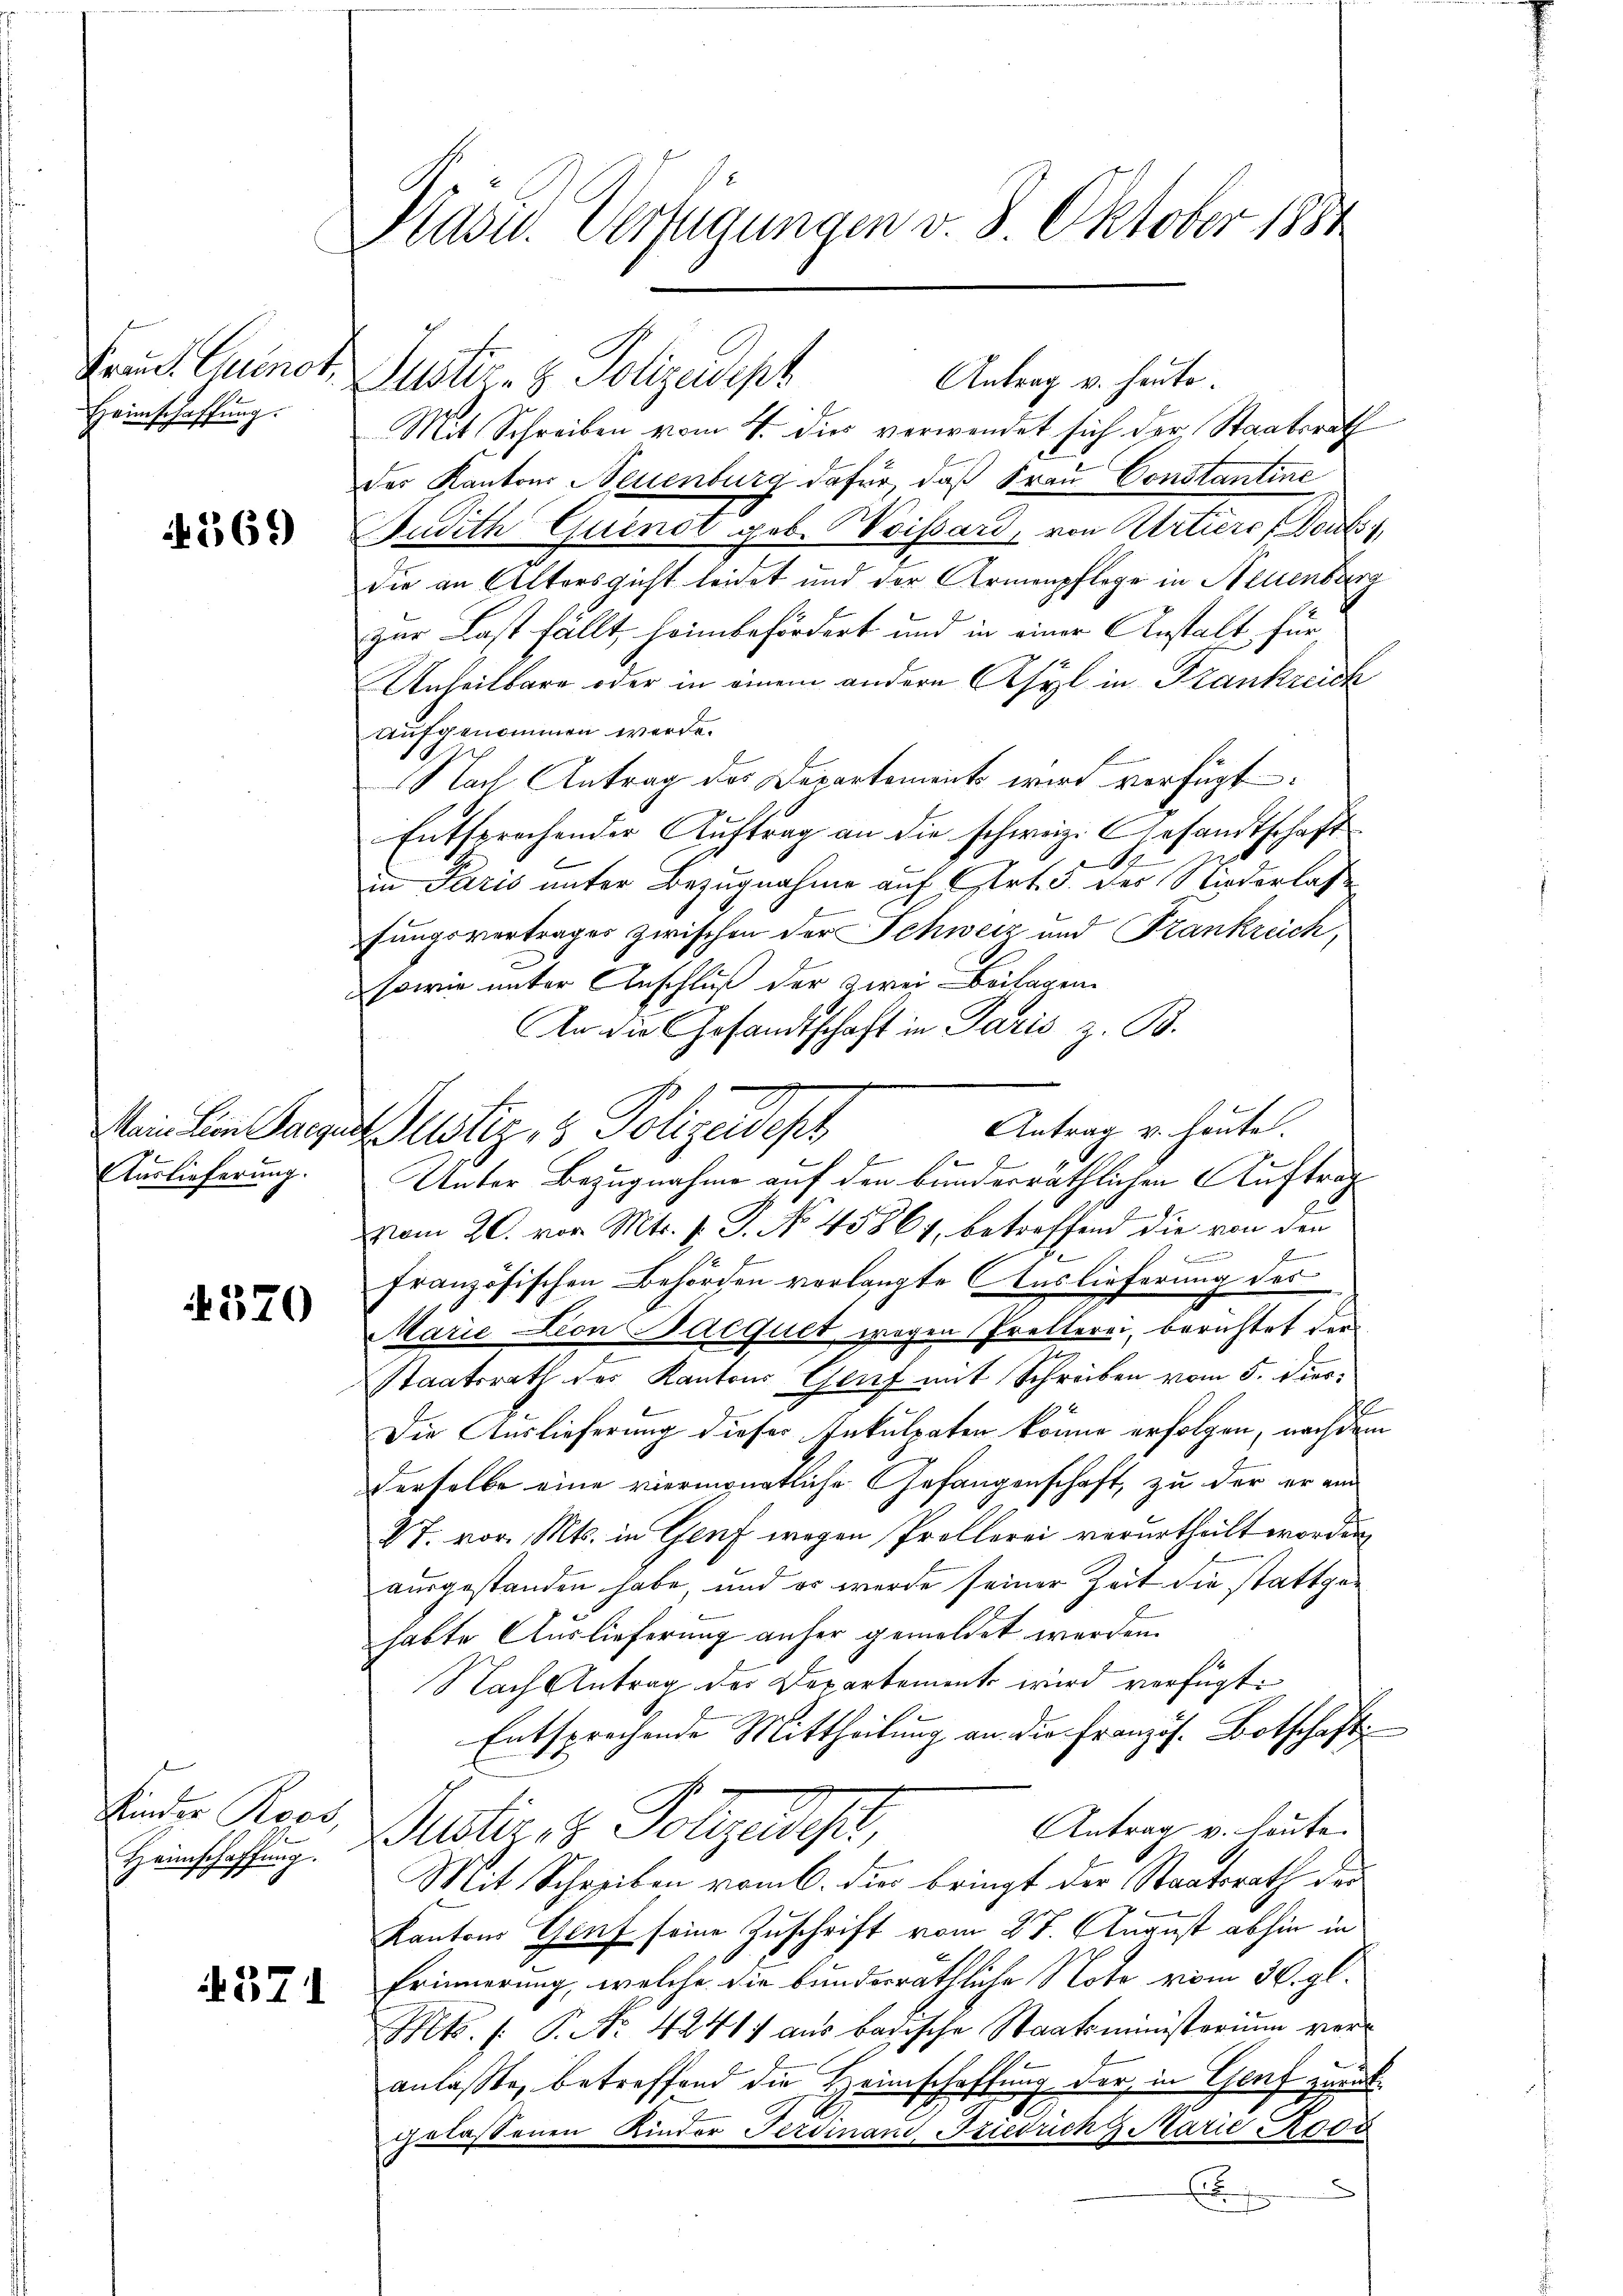
Frau P. Quinot,
Heimschaffung.

1269)

Main Lion Bargen
Auslieferung.

4570

Kinder Roos,
.
Heimschaffung.

4571

Präsid.. Verfügungen v. 8. Oktober 1884

Mit Schreiben vom 4. dis verwendet sich der Staatsrath
des Kantons Neuenburg dafür, daß Frau Constantine
Budith Quindt geb. Weissard, von Urtiere Doubs
die an Altersgicht leidet und der Armenpflege in Neuenburg
zur Last fällt, heim befördert und in einer Anstalt, für
Unheilbare oder in einem andere Asyl in Frankreich
aufgenommen werde.
Nach Antrag des Departement wird verfügt:
Entsprechender Auftrag an die schweiz. Gesandtschaft
A
in Paris unter Bezugnahme auf Art. 3. der Niederlas
fungsvertrages zwischen der Schweiz und Frankreich,
sowie unter Anschluß der zwei Beilagen
An die Gesandtschaft in Paris z. B.
Justiz- & Polizeidesh
.
b
Unter Bezugnahme auf den banderräthlichen Auftragvom 20. vor. Mts. f. P. No 45864, betreffend die von den
2
französischen Behörden verlangte Auslieferung des
Marie von Bacquet wegen Prellerei, berichtet der
2
Staatsrath des Kantons Genf mit Schreiben vom 5. Diert
Die Auslieferung dieser Inkulpaten könne erfolgen, nachdem
derselbe eine viermonatliche Gefangenschaft, zu der er am
S7. vor. Mts. in Genf wegen Prollerei verurtheilt worden,
ausgestanden habe, und es werde seiner Zeit die stattgehabte Auslieferung anher gemeldet werden.
Nach Antrag der Departement wird verfügt:
Entsprechende Mittheilung an die Französ. Botschaft
Antrag v. heute.
Justier, 2. Folgendet,
Mit Schreiben vom 6. die bringt der Staatsrath der
Kantons Genf seine Zuschrift vom 27. August abhin in
Erinnerung, welche die bundesräthliche Note vom 30. gl.
Kk. /: P. Nr. 4241) aus badische Staatsministerium veranlaßte, betreffend die Heimschaffung der in Genf zurückgelassenen Kinder Ferdinan, Friedrich 9 Marie Roos
u

Justiz- & Polizeidept
Antrag v. heuto.

Antrag u. heute.